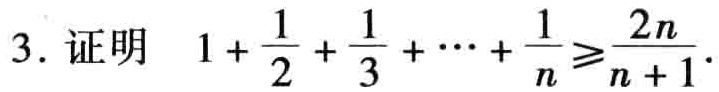
3. 证明 \(1+\frac{1}{2}+\frac{1}{3}+\cdots+\frac{1}{n}\geqslant\frac{2n}{n + 1}\).